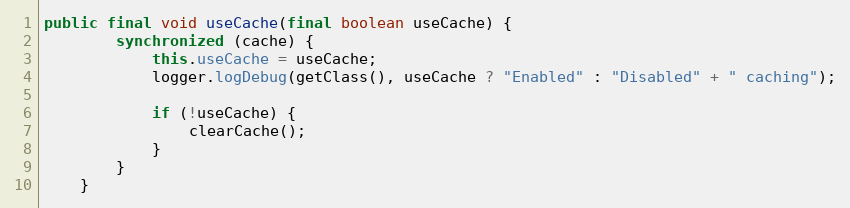
Language: Java
public final void useCache(final boolean useCache) {
        synchronized (cache) {
            this.useCache = useCache;
            logger.logDebug(getClass(), useCache ? "Enabled" : "Disabled" + " caching");

            if (!useCache) {
                clearCache();
            }
        }
    }